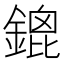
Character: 鎞